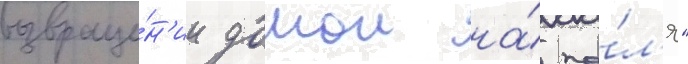
возвраще́н'ии домои на́ по́л'я"